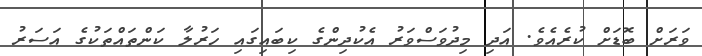
ވަރަށް ބޮޑަށް ކުރެއެވެ. އަދި މިދުވަސްވަރު އެކުދިންގެ ކިބައިގައި ހަރުލާ ކަންތައްތަކުގެ އަސަރު